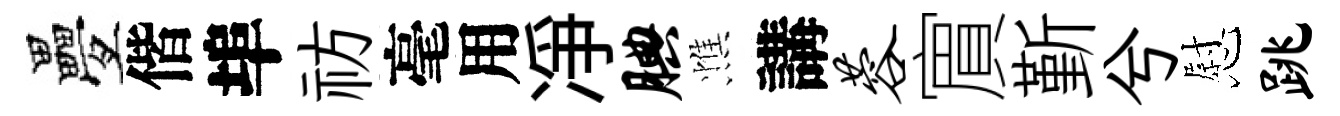
疊偕埠祊毫用凈腆憔講蓉賔斳兮慰跳